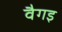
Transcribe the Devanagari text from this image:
वैगइ